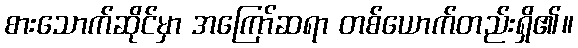
စားသောက်ဆိုင်မှာ အကြော်ဆရာ တစ်ယောက်တည်းရှိ၏။